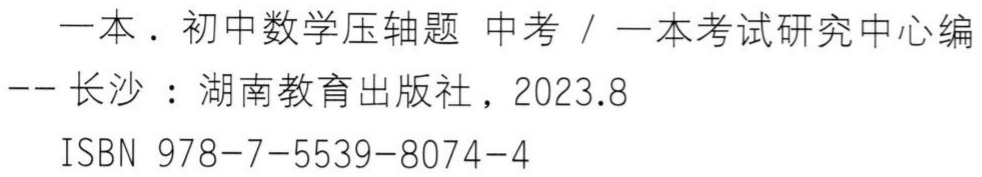
一本. 初中数学压轴题 中考 / 一本考试研究中心编
-- 长沙：湖南教育出版社，2023.8
ISBN 978-7-5539-8074-4